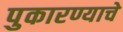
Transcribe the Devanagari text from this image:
पुकारण्याचे